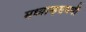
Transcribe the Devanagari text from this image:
मध्यान्हसमयी